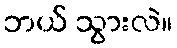
ဘယ် သွားလဲ။